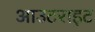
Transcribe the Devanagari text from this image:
आउटराइट